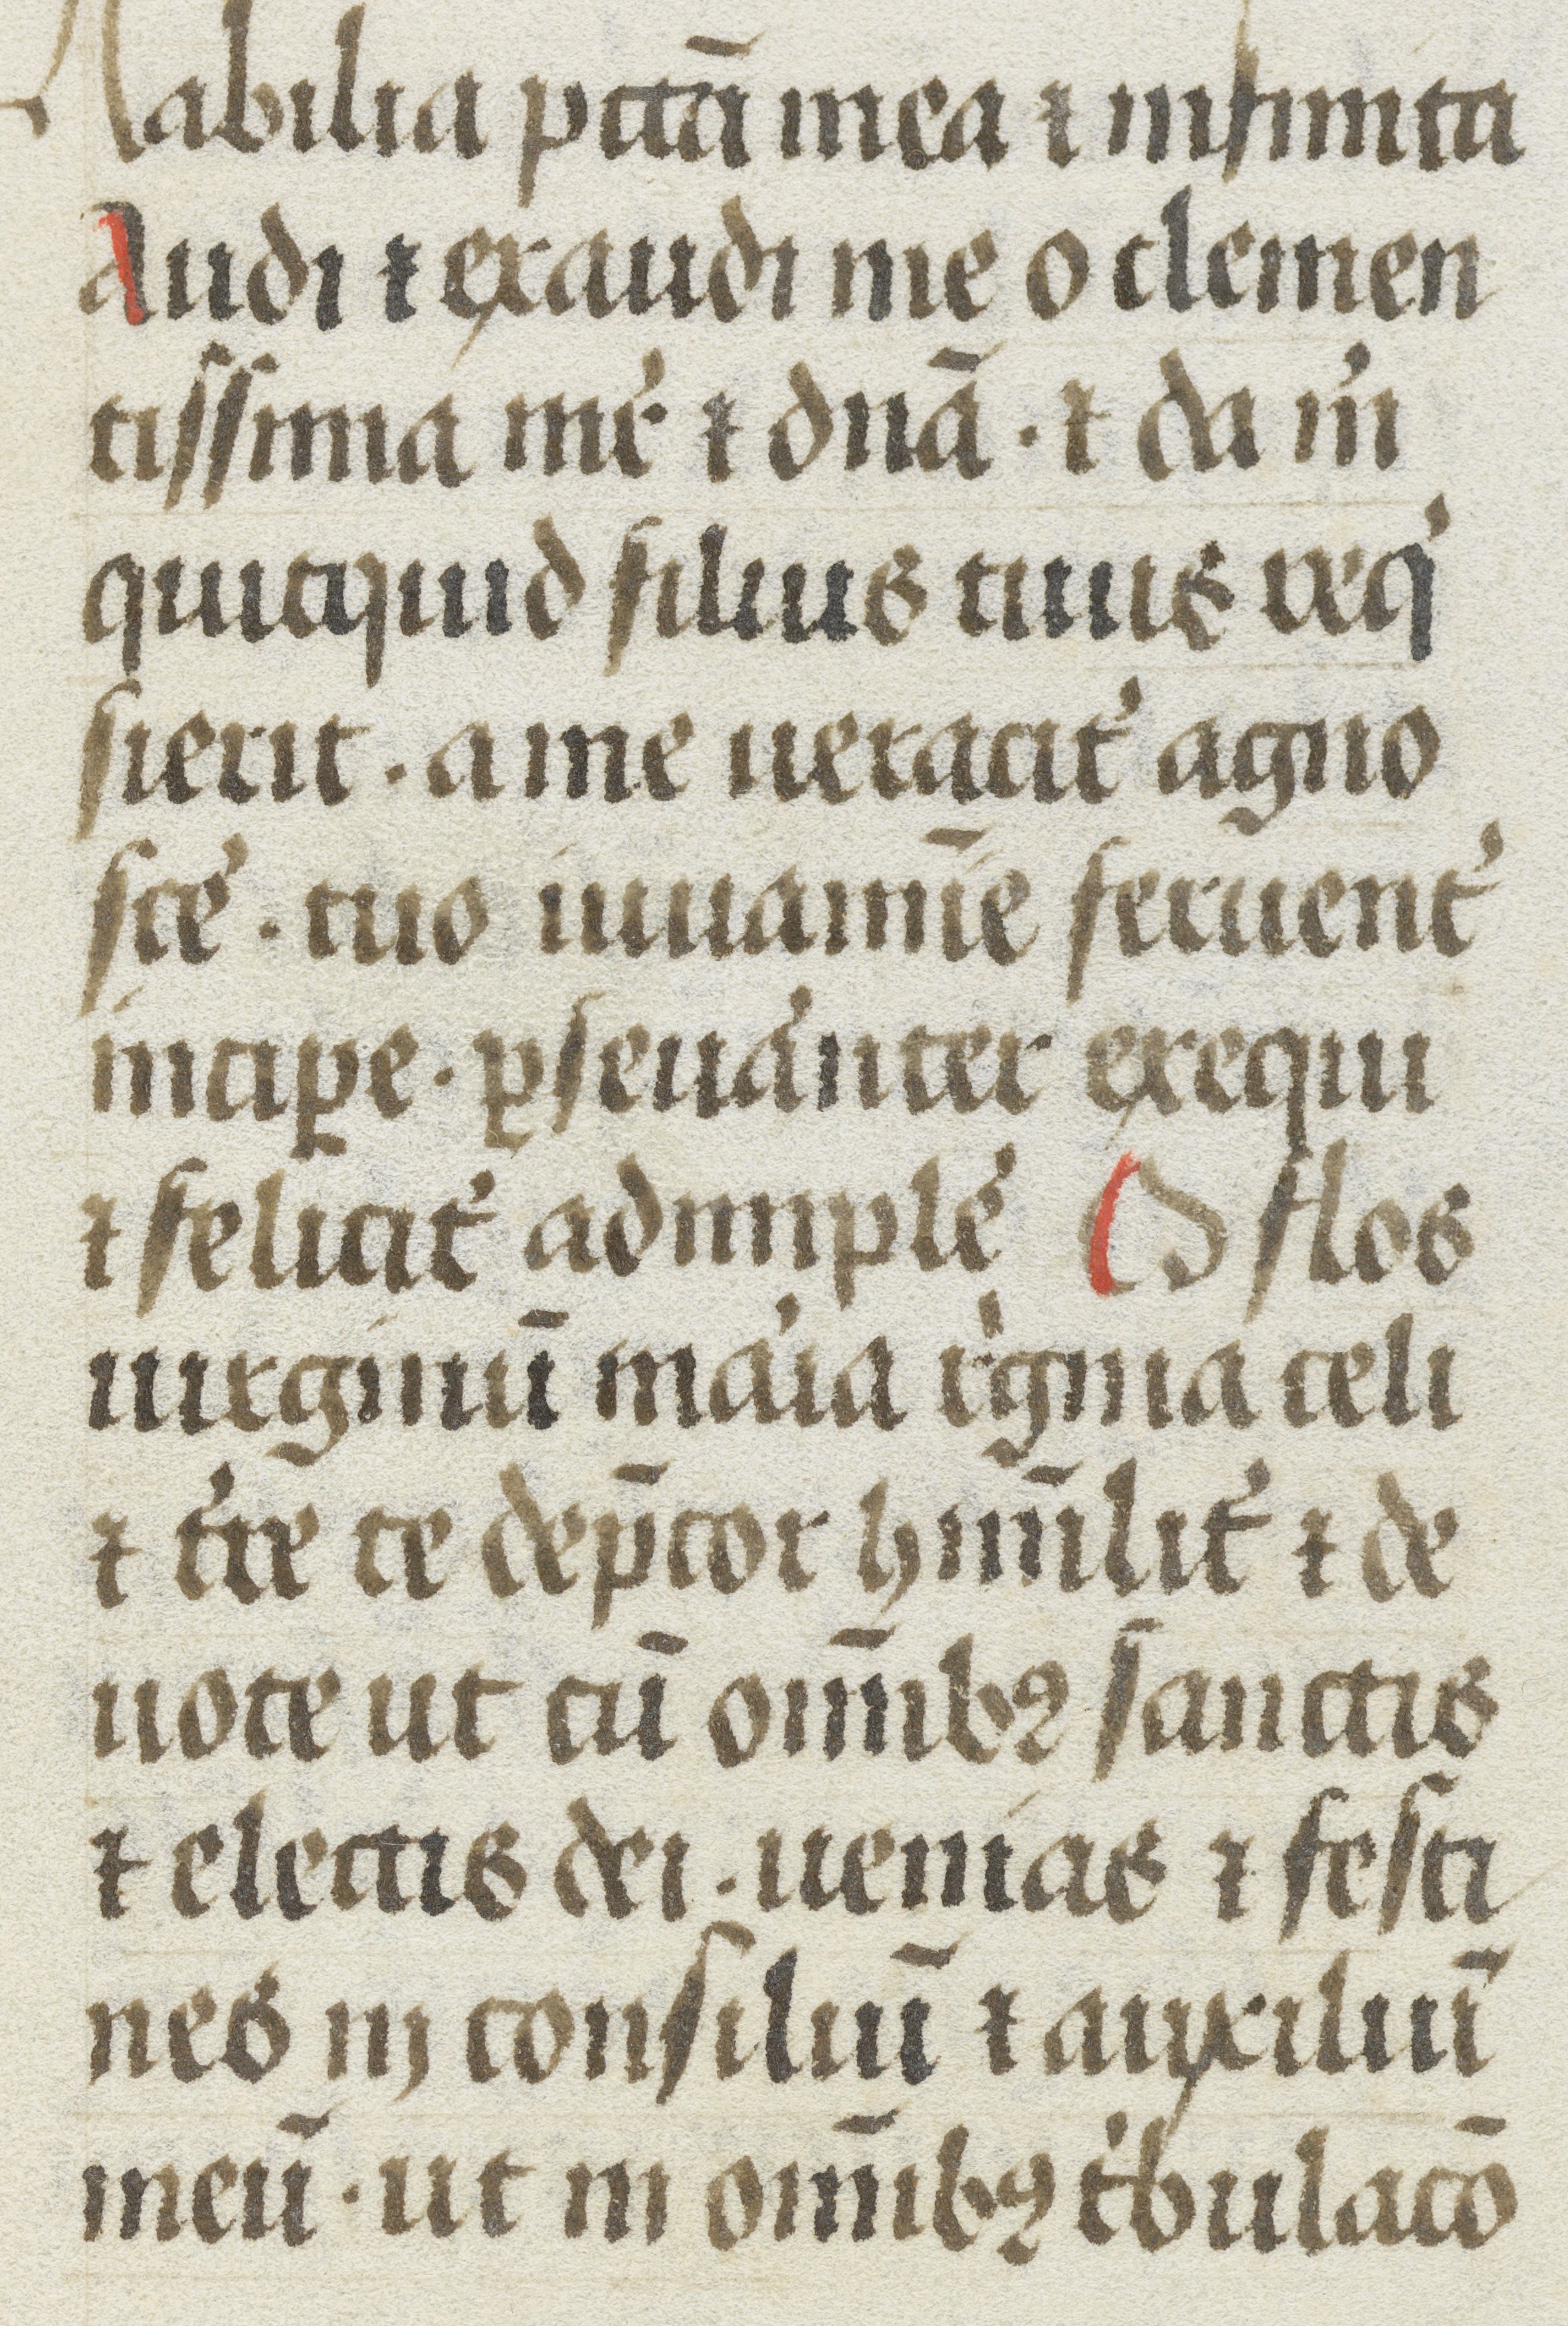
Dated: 1480–1480